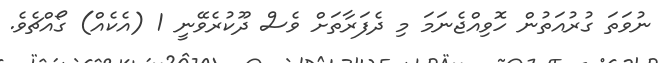
ނުވަތަ ގުރުއަތުން ހޮވިއްޖެނަމަ މި ދެފަރާތަށް ވެސް ދޫކުރެވޭނީ 1 (އެކެއް) ގޯއްޗެވެ.